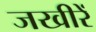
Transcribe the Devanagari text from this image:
जखीरें